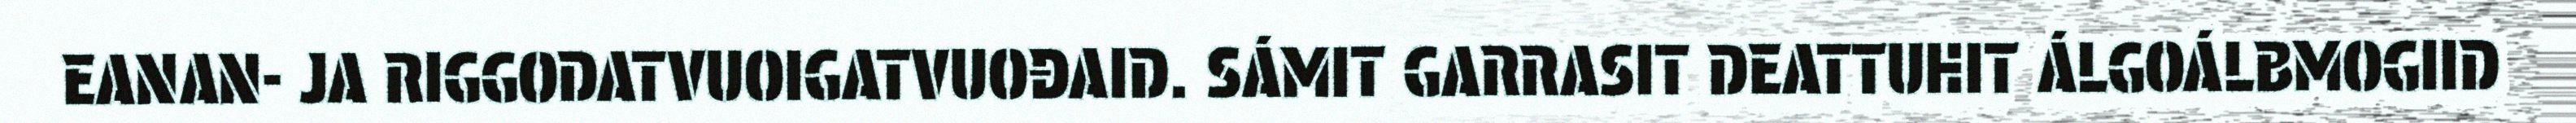
EANAN- JA RIGGODATVUOIGATVUOĐAID. SÁMIT GARRASIT DEATTUHIT ÁLGOÁLBMOGIID